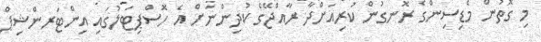
މި ގޮތުން މެޑިސިންގެ ރޮނގުން ކުރިއަށްދާ ރާއްޖޭގެ ކުދިންނަށް އެ ހޮސްޕިޓަލުގައި އިންޓަރންޝިޕް